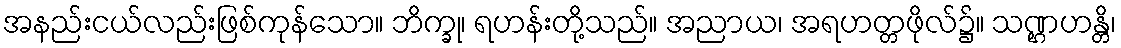
အနည်းငယ်လည်းဖြစ်ကုန်သော။ ဘိက္ခု၊ ရဟန်းတို့သည်။ အညာယ၊ အရဟတ္တဖိုလ်၌။ သဏ္ဌဟန္တိ၊